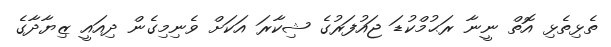
ތެޅިތެޅި އޮތް ނީނާ ރަޙުމްކުޑަ ޖައުފަރުގެ ޝިކާރަ އަކަށް ވެނިމިގެން ދިއައީ ޒިޔާދާގެ